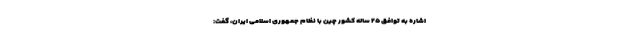
اشاره به توافق ۲۵ ساله کشور چین با نظام جمهوری اسلامی ایران، گفت: